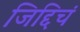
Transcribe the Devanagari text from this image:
जिद्दिचं